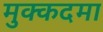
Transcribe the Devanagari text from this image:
मुक्कदमा